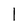
Character: 1